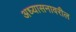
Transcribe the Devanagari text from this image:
अध्यासनावरील